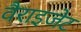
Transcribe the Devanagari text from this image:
वैराइजेट